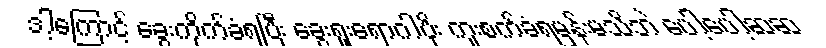
ဒါ့ကြောင့် ခွေးကိုက်ခံရပြီး ခွေးရူးရောဂါပိုး ကူးစက်ခံရမှန်းမသိဘဲ ပေါ့ပေါ့ဆဆ